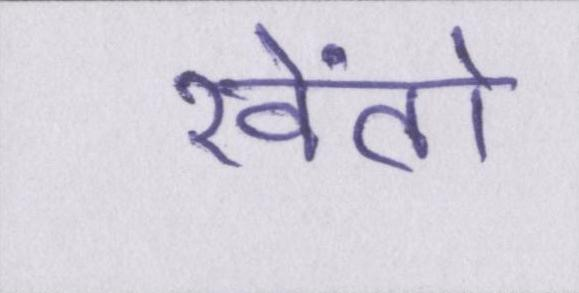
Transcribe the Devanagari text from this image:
खेंतो